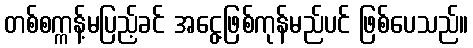
တစ်စက္ကန့်မပြည့်ခင် အငွေ့ဖြစ်ကုန်မည်ပင် ဖြစ်ပေသည်။